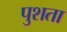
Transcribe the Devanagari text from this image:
पुशता